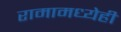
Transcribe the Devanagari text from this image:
रामामध्येही